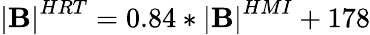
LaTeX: \mathbf{\left|B\right|}^{HRT}=0.84\ast\mathbf{\left|B\right|}^{HMI}+178